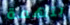
بتهمة